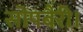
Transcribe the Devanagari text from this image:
सोपबैरी।